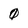
Character: 0